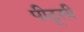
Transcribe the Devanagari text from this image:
पीटूसी